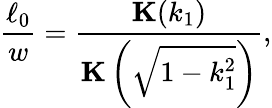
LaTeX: \frac{\ell_{0}}{w}=\frac{\textbf{K}(k_{1})}{\textbf{K}\left(\sqrt{1-k_{1}^{2}}\right)},